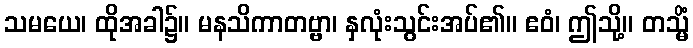
သမယေ၊ ထိုအခါ၌။ မနသိကာတဗ္ဗာ၊ နှလုံးသွင်းအပ်၏။ ဧဝံ၊ ဤသို့။ တသ္မိံ